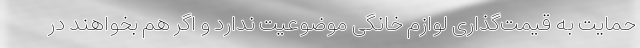
حمایت به قیمت‌گذاری لوازم خانگی موضوعیت ندارد و اگر هم بخواهند در